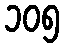
၁၀၅